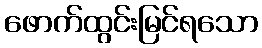
ဖောက်ထွင်းမြင်ရသော